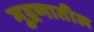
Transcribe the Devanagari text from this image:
मुद्रणातील